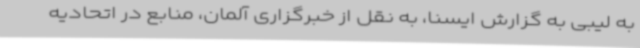
به لیبی به گزارش ایسنا، به نقل از خبرگزاری آلمان، منابع در اتحادیه